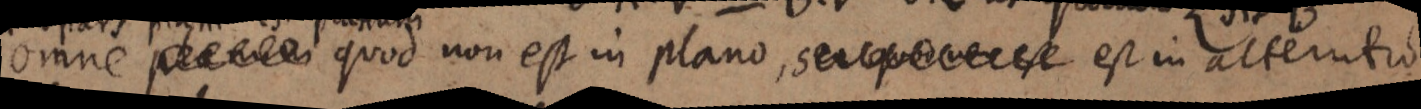
omne _ quod non est in plano, _ est in alternatio